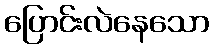
ပြောင်းလဲနေသော